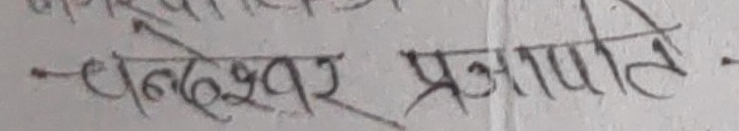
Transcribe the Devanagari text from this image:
चन्‍द्रेश्‍वर प्रजापति